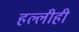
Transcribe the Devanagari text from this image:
हल्लीही